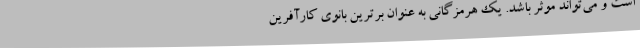
است و می‌تواند موثر باشد. یک هرمزگانی به عنوان برترین بانوی کارآفرین